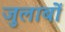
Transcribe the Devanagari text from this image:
जुलाबों